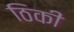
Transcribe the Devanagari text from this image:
ठिकी